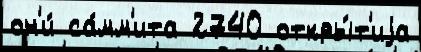
он'и́ са́мм'ита 2740 откры́т'иjа